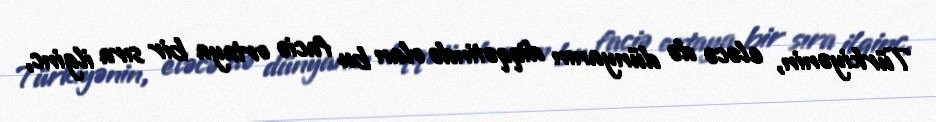
Türkiyənin, eləcə də dünyanın diqqətində olan bu faciə ortaya bir sıra ilginc,